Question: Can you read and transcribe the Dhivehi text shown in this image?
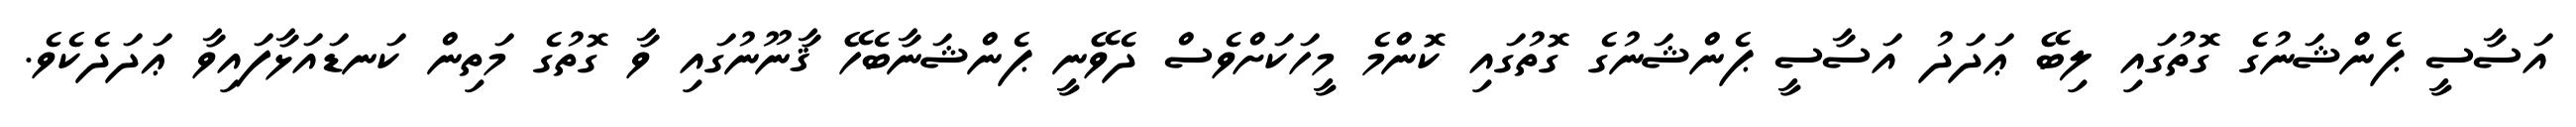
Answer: އަސާސީ ޕެންޝަނުގެ ގޮތުގައި ލިބޭ ޢަދަދު އަސާސީ ޕެންޝަނުގެ ގޮތުގައި ކޮންމެ މީހަކަށްވެސް ދެވޭނީ ޕެންޝަނާބެހޭ ޤާނޫނުގައި ވާ ގޮތުގެ މަތިން ކަނޑައަޅާފައިވާ ޢަދަދެކެވެ.